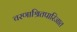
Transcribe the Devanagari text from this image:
चरणाश्रितपारिजात